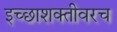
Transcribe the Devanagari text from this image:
इच्छाशक्तीवरच